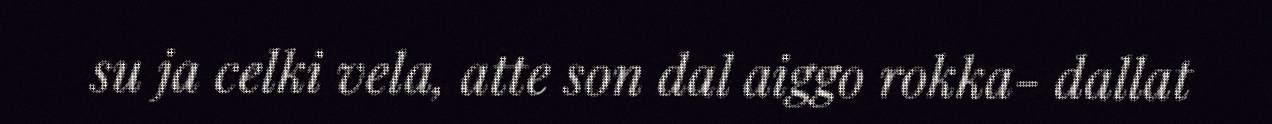
su ja celki vela, atte son dal aiggo rokka- dallat